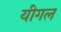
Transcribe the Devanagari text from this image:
यीगल